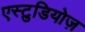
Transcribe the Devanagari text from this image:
एस्टुडियोज़